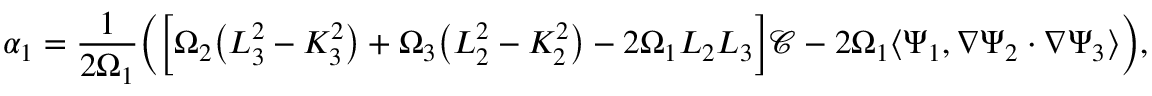
\alpha _ { 1 } = \frac { 1 } { 2 \Omega _ { 1 } } \bigg ( \Big [ \Omega _ { 2 } \big ( L _ { 3 } ^ { 2 } - K _ { 3 } ^ { 2 } \big ) + \Omega _ { 3 } \big ( L _ { 2 } ^ { 2 } - K _ { 2 } ^ { 2 } \big ) - 2 \Omega _ { 1 } L _ { 2 } L _ { 3 } \Big ] \mathscr { C } - 2 \Omega _ { 1 } \big \langle \Psi _ { 1 } , \nabla \Psi _ { 2 } \cdot \nabla \Psi _ { 3 } \big \rangle \bigg ) ,